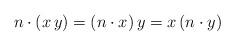
LaTeX: \begin{align*} n \cdot (x \, y) = (n \cdot x) \, y = x \, (n \cdot y)\end{align*}